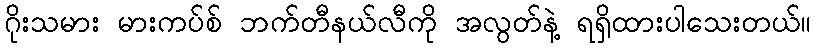
ဂိုးသမား မားကပ်စ် ဘက်တီနယ်လီကို အလွတ်နဲ့ ရရှိထားပါသေးတယ်။